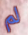
لم